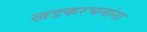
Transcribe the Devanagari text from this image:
खडकरचनांना